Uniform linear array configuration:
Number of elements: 8
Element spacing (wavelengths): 1
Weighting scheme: hamming
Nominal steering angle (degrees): -15
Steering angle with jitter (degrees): -15.543
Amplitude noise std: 0.05
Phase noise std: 0.05

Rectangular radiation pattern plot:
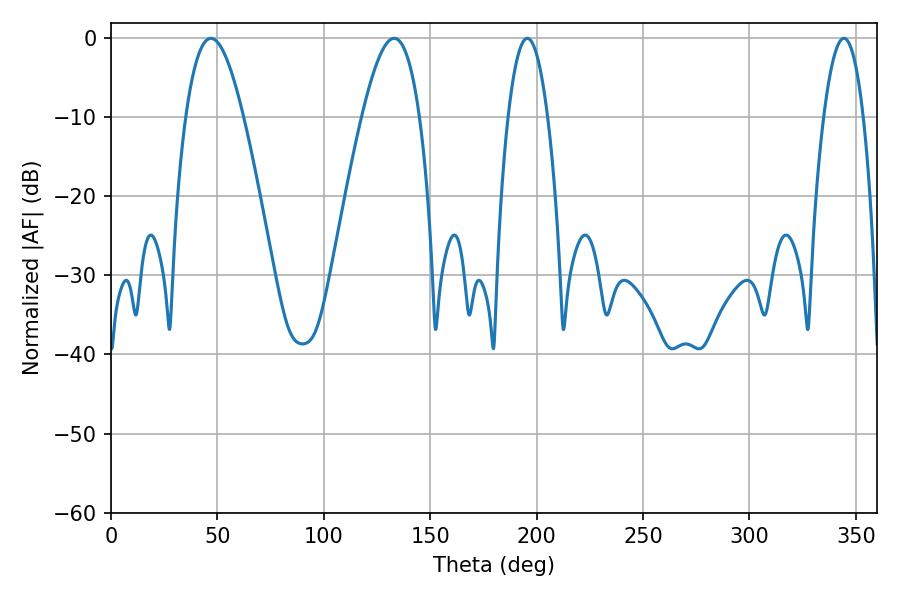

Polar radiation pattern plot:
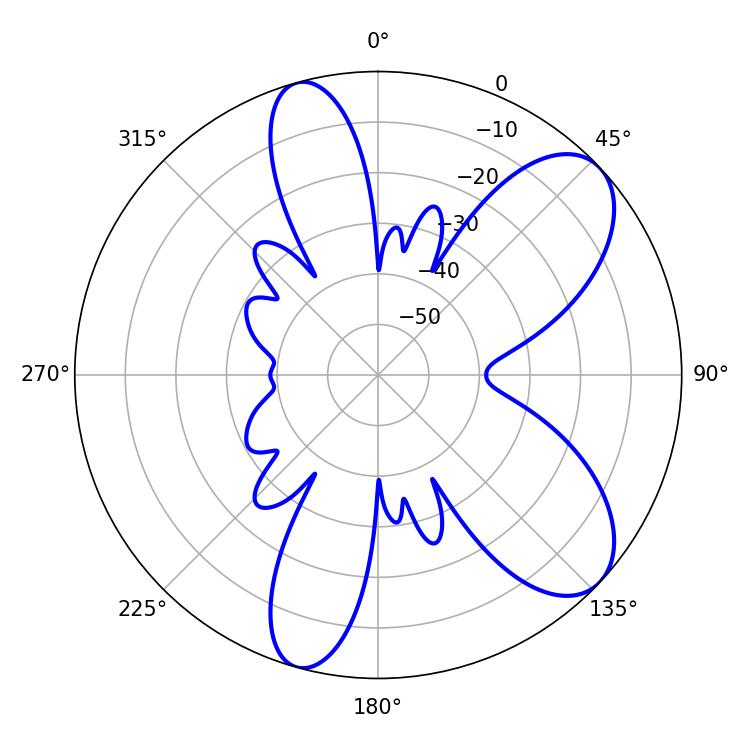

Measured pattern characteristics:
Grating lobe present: TRUE
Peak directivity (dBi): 8.158
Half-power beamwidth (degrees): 14.76
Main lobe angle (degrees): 46.98